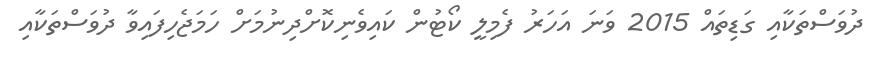
ދުވަސްތަކާއި ގަޑިތައް 2015 ވަނަ އަހަރު ފެމިލީ ކޯޓުން ކައިވެނިކޮށްދިނުމަށް ހަމަޖެހިފައިވާ ދުވަސްތަކާއި